Annual statistical returns and brief notes on vaccination in Bengal - 1896-1909
Year: 1896
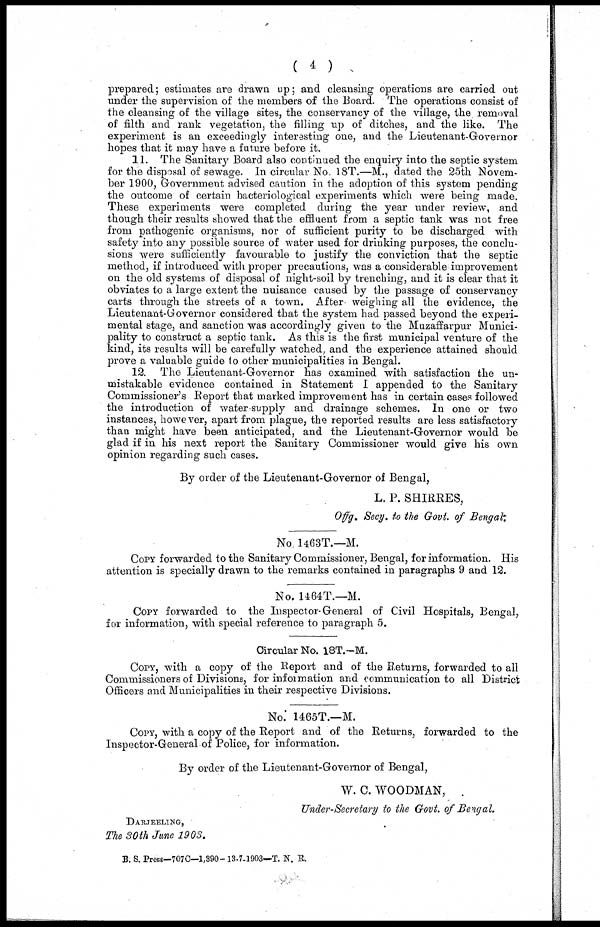
( 4 )
prepared; estimates are drawn up; and cleansing operations are carried out
under the supervision of the members of the Board. The operations consist of
the cleansing of the village sites, the conservancy of the village, the removal
of filth and rank vegetation, the filling up of ditches, and the like. The
experiment is an exceedingly interesting one, and the Lieutenant-Governor
hopes that it may have a future before it.
11. The Sanitary Board also continued the enquiry into the septic system
for the disposal of sewage. In circular No. 18T.—M., dated the 25th Novem-
ber 1900, Government advised caution in the adoption of this system pending
the outcome of certain bacteriological experiments which were being made.
These experiments were completed during the year under review, and
though their results showed that the effluent from a septic tank was not free
from pathogenic organisms, nor of sufficient purity to be discharged with
safety into any possible source of water used for drinking purposes, the conclu-
sions were sufficiently favourable to justify the conviction that the septic
method, if introduced with proper precautions, was a considerable improvement
on the old systems of disposal of night-soil by trenching, and it is clear that it
obviates to a large extent the nuisance caused by the passage of conservancy
carts through the streets of a town. After weighing all the evidence, the
Lieutenant-Governor considered that the system had passed beyond the experi-
mental stage, and sanction was accordingly given to the Muzaffarpur Munici-
pality to construct a septic tank. As this is the first municipal venture of the
kind, its results will be carefully watched, and the experience attained should
prove a valuable guide to other municipalities in Bengal.
12. The Lieutenant-Governor has examined with satisfaction the un-
mistakable evidence contained in Statement I appended to the Sanitary
Commissioner's Report that marked improvement has in certain cases followed
the introduction of water-supply and drainage schemes. In one or two
instances, however, apart from plague, the reported results are less satisfactory
than might have been anticipated, and the Lieutenant-Governor would be
glad if in his next report the Sanitary Commissioner would give his own
opinion regarding such cases.
By order of the Lieutenant-Governor of Bengal,
L. P. SHIRRES,
Offg. Secy. to the Govt. of Bengal.
No. 1463T.—M.
COPY forwarded to the Sanitary Commissioner, Bengal, for information. His
attention is specially drawn to the remarks contained in paragraphs 9 and 12.
No. 1464T.—M.
COPY forwarded to the Inspector-General of Civil Hospitals, Bengal,
for information, with special reference to paragraph 5.
Circular No. 18T.—M.
COPY, with a copy of the Report and of the Returns, forwarded to all
Commissioners of Divisions, for information and communication to all District
Officers and Municipalities in their respective Divisions.
No. 1465T.—M.
COPY, with a copy of the Report and of the Returns, forwarded to the
Inspector-General of Police, for information.
By order of the Lieutenant-Governor of Bengal,
W. C. WOODMAN,
Under-Secretary to the Govt. of Bengal.
DARJEELING,
The 30th June 1903.
B. S. Press-707C—1,390-13-7-1903—T. N. R.